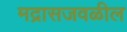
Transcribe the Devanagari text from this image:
मद्रासजवळील